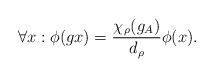
LaTeX: \begin{align*}\forall x: \phi(g x)=\frac{\chi_{\rho}(g_A)}{d_{\rho}}\phi(x).\end{align*}